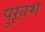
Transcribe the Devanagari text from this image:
पुरूवश